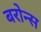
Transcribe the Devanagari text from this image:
बरोन्स